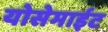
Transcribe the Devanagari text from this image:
योसेमाईट